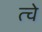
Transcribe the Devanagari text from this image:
त्चे